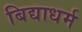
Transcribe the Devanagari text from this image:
बिद्याधर्म